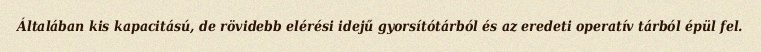
Általában kis kapacitású, de rövidebb elérési idejű gyorsítótárból és az eredeti operatív tárból épül fel.